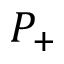
P _ { + }